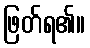
ဖြတ်ရ၏။